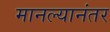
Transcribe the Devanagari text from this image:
मानल्यानंतर